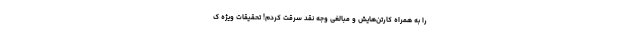
را به همراه کارتن‌هایش و مبالغی وجه نقد سرقت کردم! تحقیقات ویژه ک